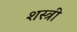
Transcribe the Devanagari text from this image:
शस्त्री